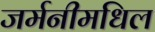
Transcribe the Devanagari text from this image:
जर्मनीमधिल